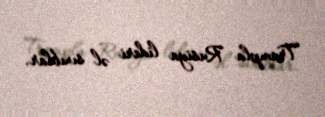
Trampla Rusiya lideri əl sıxıblar.